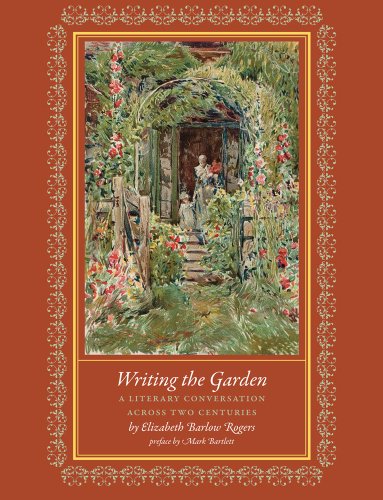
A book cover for Writing the Garden: A Literary Conversation across Two Centuries; Elizabeth Barlow Rogers; Crafts, Hobbies & Home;